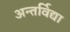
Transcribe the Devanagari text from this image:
अन्तर्विद्या